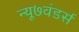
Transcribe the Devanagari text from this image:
न्यू७वंडर्स